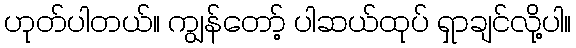
ဟုတ်ပါတယ်။ ကျွန်တော့် ပါဆယ်ထုပ် ရှာချင်လို့ပါ။